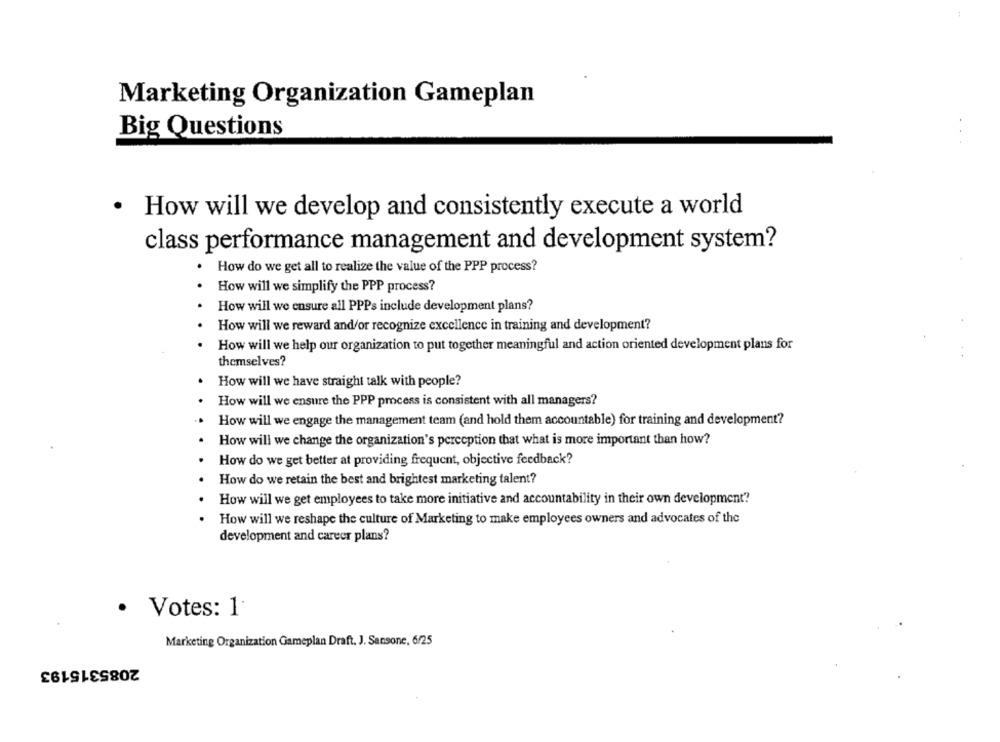
Marketing Organization Gameplan
Big Questions
.
How will we develop and consistently execute a world
class performance management and development system?
How do we get all to realize the value of the PPP process?
.
How will we simplify the PPP process?
.
How will we ensure all PPPs include development plans?
How will we reward and/or recognize excellence in training and development?
How will we help our organization to put together meaningful and action oriented development plans for
themselves?
How will we have straight talk with people?
How will we ensure the PPP process is consistent with all managers?
How will we engage the management team (and hold them accountable) for training and development?
How will we change the organization's perception that what is more important than how?
How do we get better at providing frequent, objective feedback?
How do we retain the best and brightest marketing talent?
How will we get employees to take more initiative and accountability in their own development?
How will we reshape the culture of Marketing to make employees owners and advocates of the
development and career plans?
· Votes: 1
Marketing Organization Gameplan Draft. J. Sansone, 6/25
2085315193